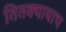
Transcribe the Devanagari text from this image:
तितक्यायाच